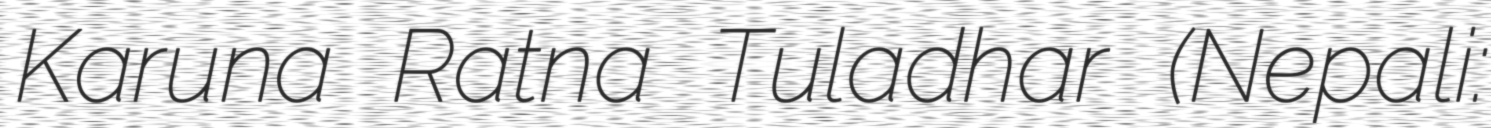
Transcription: Karuna Ratna Tuladhar (Nepali: